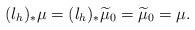
LaTeX: \begin{align*}(l_h)_* \mu =(l_h)_* \widetilde \mu_0 = \widetilde \mu_0 =\mu .\end{align*}